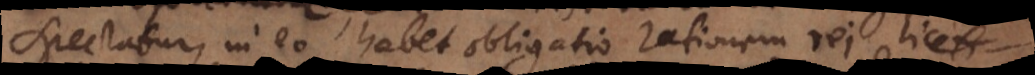
spectatur, in eo habet obligatio rationem rei, licet